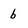
Character: b